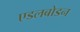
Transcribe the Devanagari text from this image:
एडलबोडन